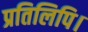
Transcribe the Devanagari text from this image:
प्रतिलिपि।